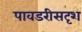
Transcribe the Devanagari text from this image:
पावडरीसदृश